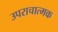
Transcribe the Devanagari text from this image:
उपराचात्मक